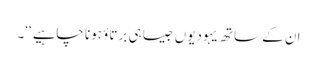
ان کے ساتھ یہودیوں جیسا ہی برتاؤ ہونا چاہیے‘‘۔